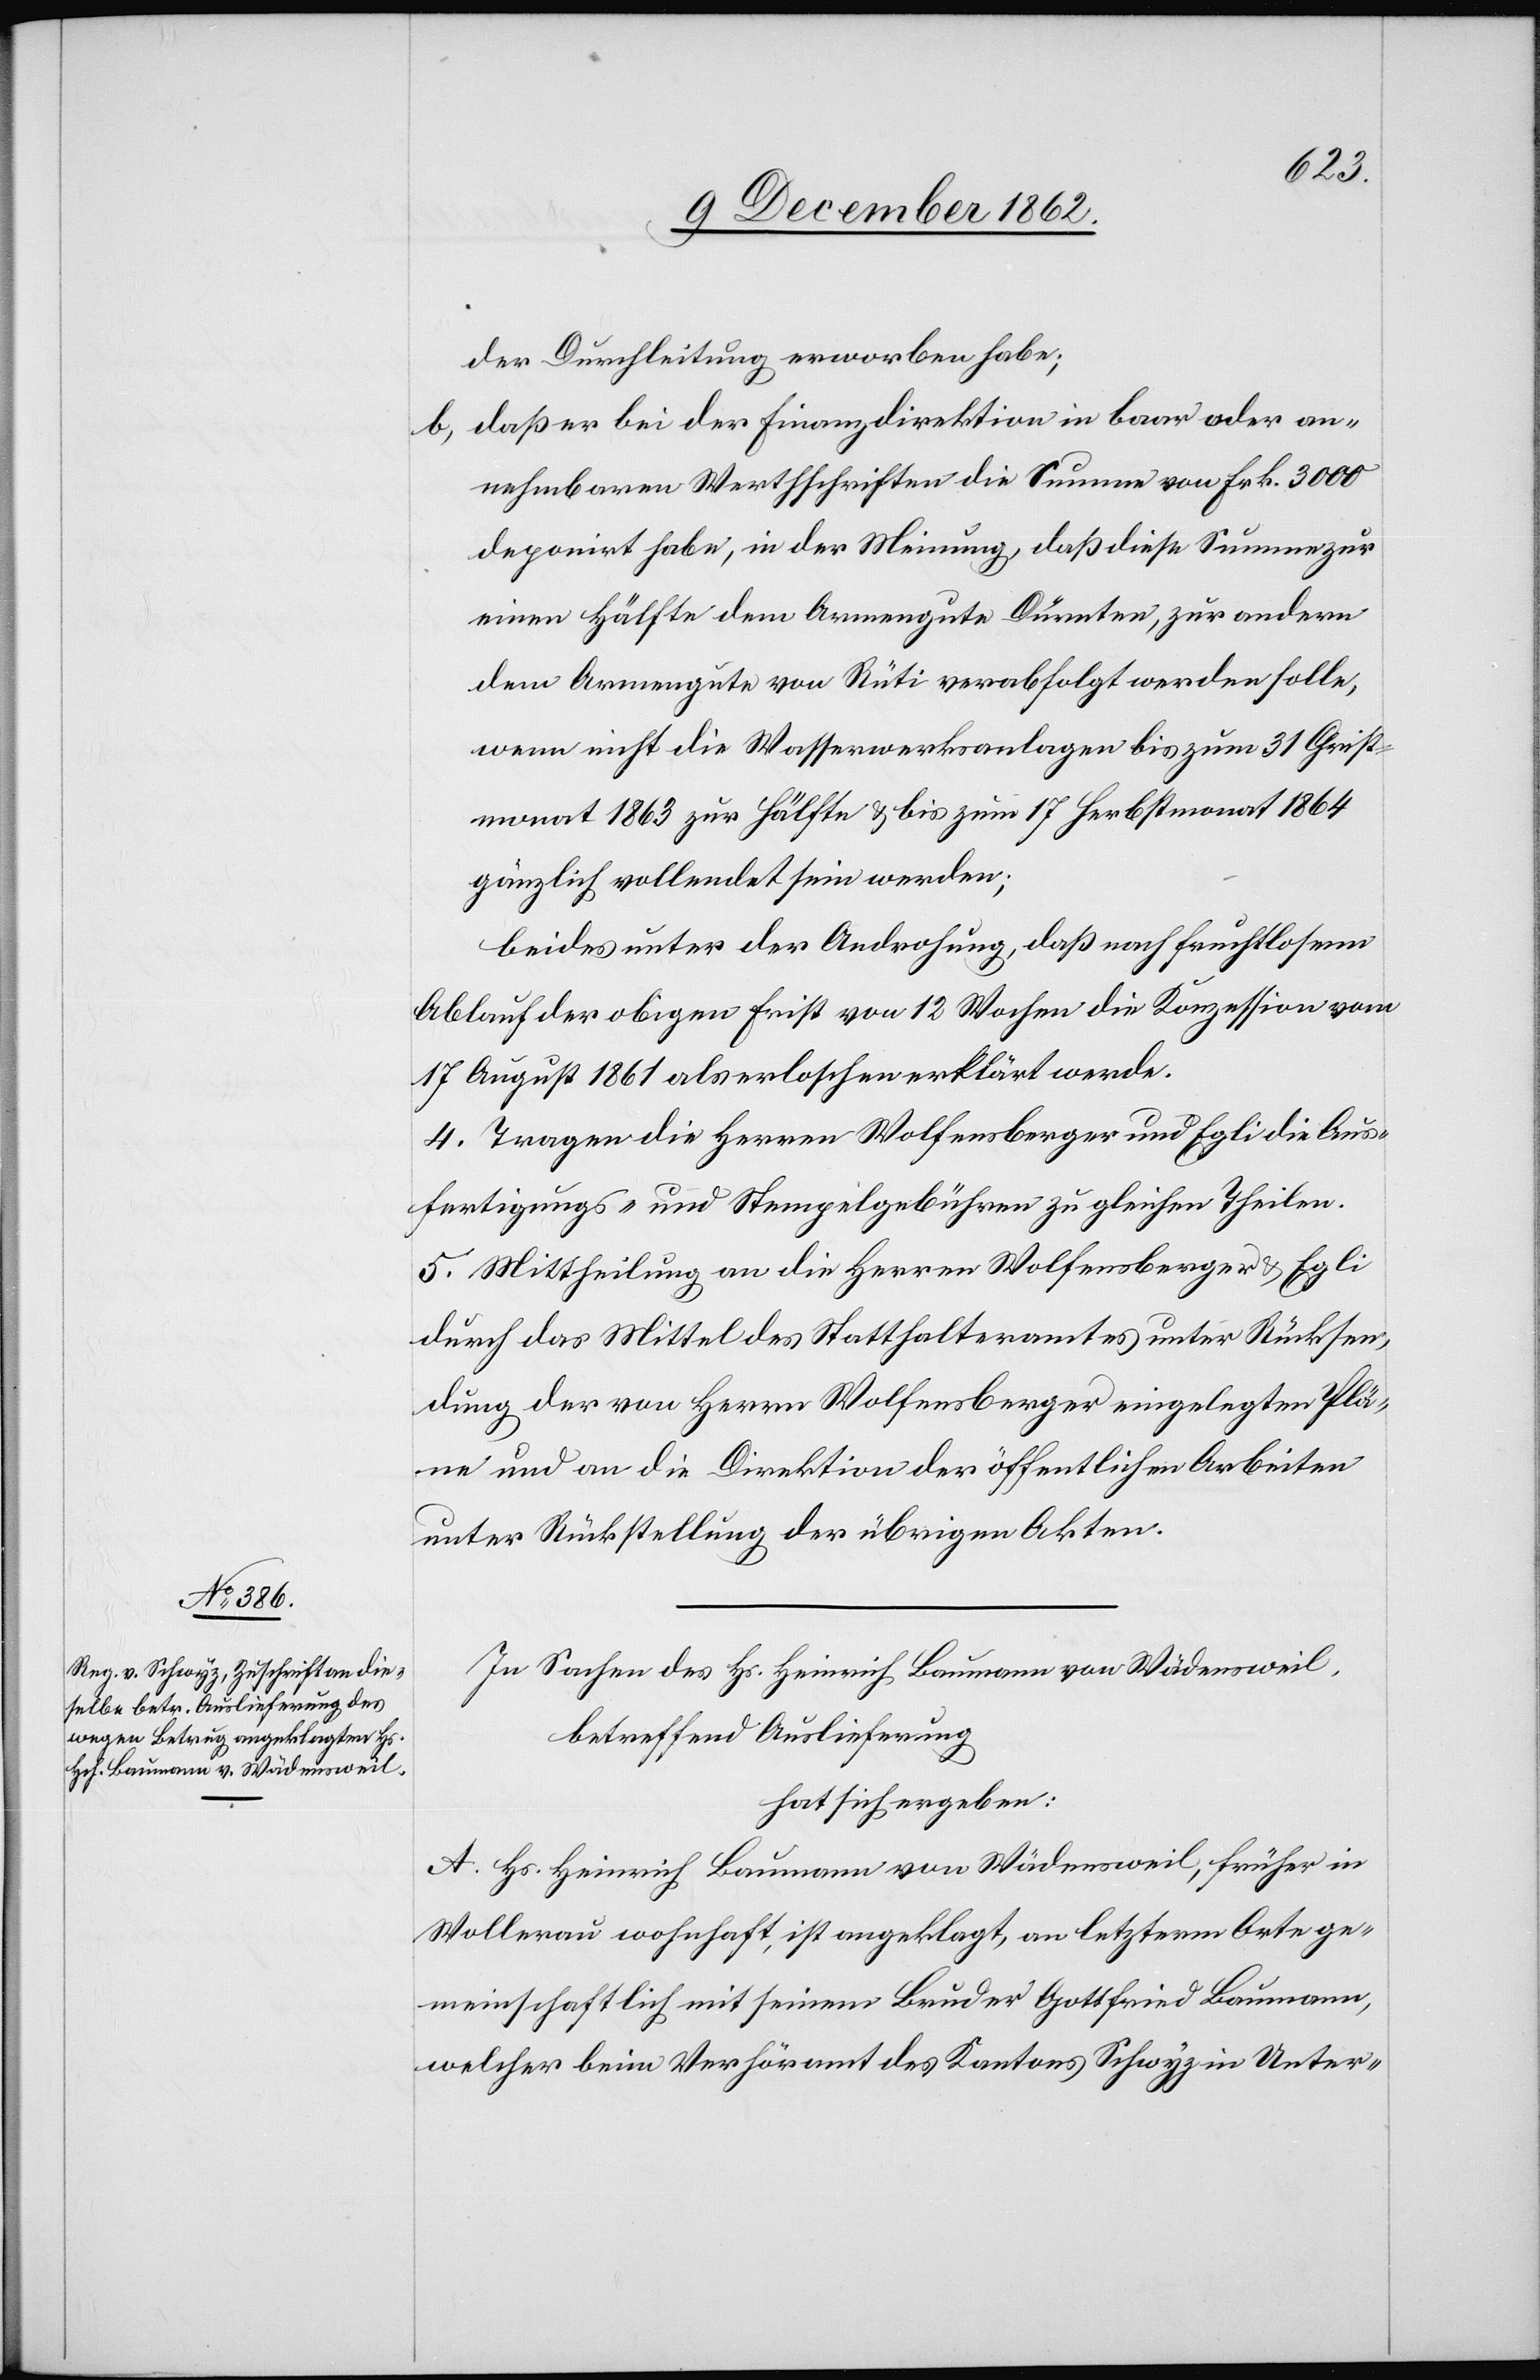
der Durchleitung erworben habe;
b. daß er bei der Finanzdirektion in baar oder an¬
nehmbaren Werthschriften die Summe von Frk. 3000
deponiert habe, in der Meinung, daß diese Summe zur
einen Hälfte dem Armengute Dürnten, zur andern
dem Armengute von Rüti verabfolgt werden solle,
wenn nicht die Wasserwerksanlagen bis zum 31. Christ¬
monat 1863 zur Hälfte u. bis zum 17. Herbstmonat 1864
gänzlich vollendet sein werden;
beides unter der Androhung, daß nach fruchtlosem
Ablauf der obigen Frist von 12 Wochen die Konzession vom
17 August 1861 als erloschen erklärt werde.
4. Tragen die Herren Wolfensberger und Egli die Aus¬
fertigungs- und Stempelgebühren zu gleichen Theilen.
5. Mittheilung an die Herren Wolfensberger u. Egli
durch das Mittel des Statthalteramtes unter Rücksen¬
dung der von Herrn Wolfensberger eingelegten Plä¬
ne und an die Direktion der öffentlichen Arbeiten
unter Rückstellung der übrigen Akten.
In Sachen des Hs. Heinrich Baumann von Wädensweil,
betreffend Auslieferung
hat sich ergeben:
A. Hs. Heinrich Baumann von Wädensweil, früher in
Wollerau wohnhaft, ist angeklagt, an letzterm Orte ge¬
meinschaftlich mit seinem Bruder Gottfried Baumann,
welcher beim Verhöramt des Kantons Schwyz in Unter-